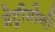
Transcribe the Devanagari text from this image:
मेट्रीमोनी